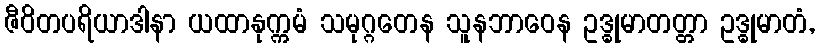
ဇီဝိတပရိယာဒါနာ ယထာနုက္ကမံ သမုဂ္ဂတေန သူနဘာဝေန ဥဒ္ဓုမာတတ္တာ ဥဒ္ဓုမာတံ,